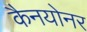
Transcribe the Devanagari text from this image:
कैनयोनर